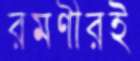
রমণীরই